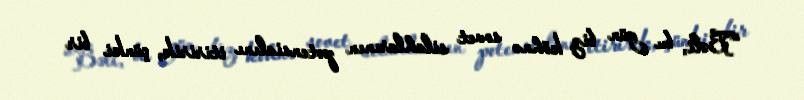
“Bəli, bu gün biz köhnə sovet silahlarının potensialını itiririk, çünki bir